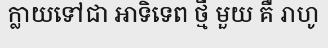
ក្លាយទៅជា អាទិទេព ថ្មី មួយ គឺ រាហូ